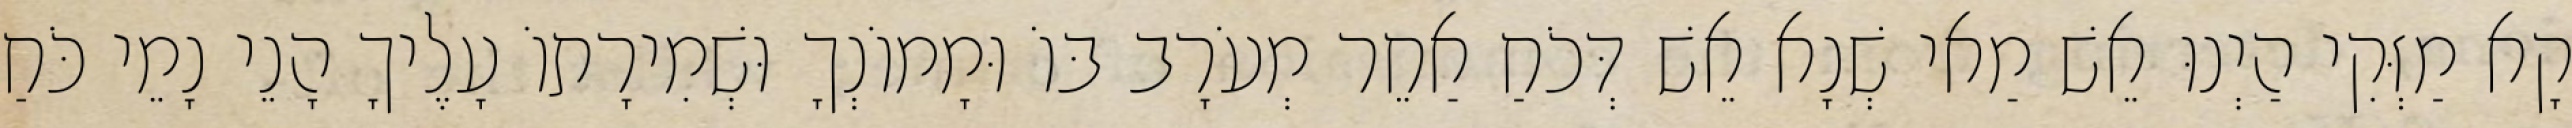
קָא מַזְּקִי הַיְנוּ אֵשׁ מַאי שְׁנָא אֵשׁ דְּכֹחַ אַחֵר מְעֹרָב בּוֹ וּמָמוֹנְךָ וּשְׁמִירָתוֹ עָלֶיךָ הָנֵי נָמֵי כֹּחַ